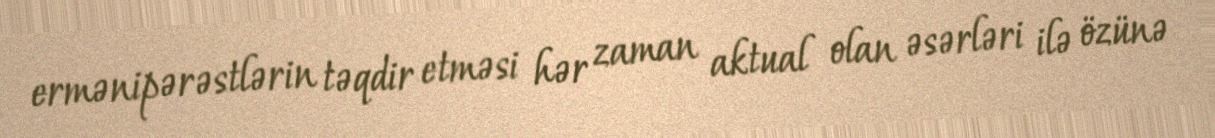
ermənipərəstlərin təqdir etməsi hər zaman aktual olan əsərləri ilə özünə